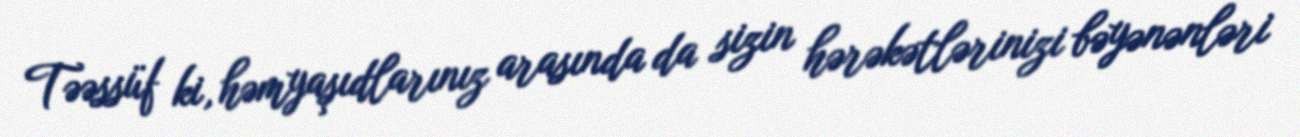
Təəssüf ki, həmyaşıdlarınız arasında da sizin hərəkətlərinizi bəyənənləri